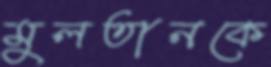
মুলতানকে